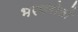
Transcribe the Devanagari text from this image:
भरणरोलों